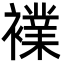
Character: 𮖷